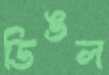
ডিঙল